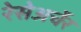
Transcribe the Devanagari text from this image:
रेसेअर्चेर